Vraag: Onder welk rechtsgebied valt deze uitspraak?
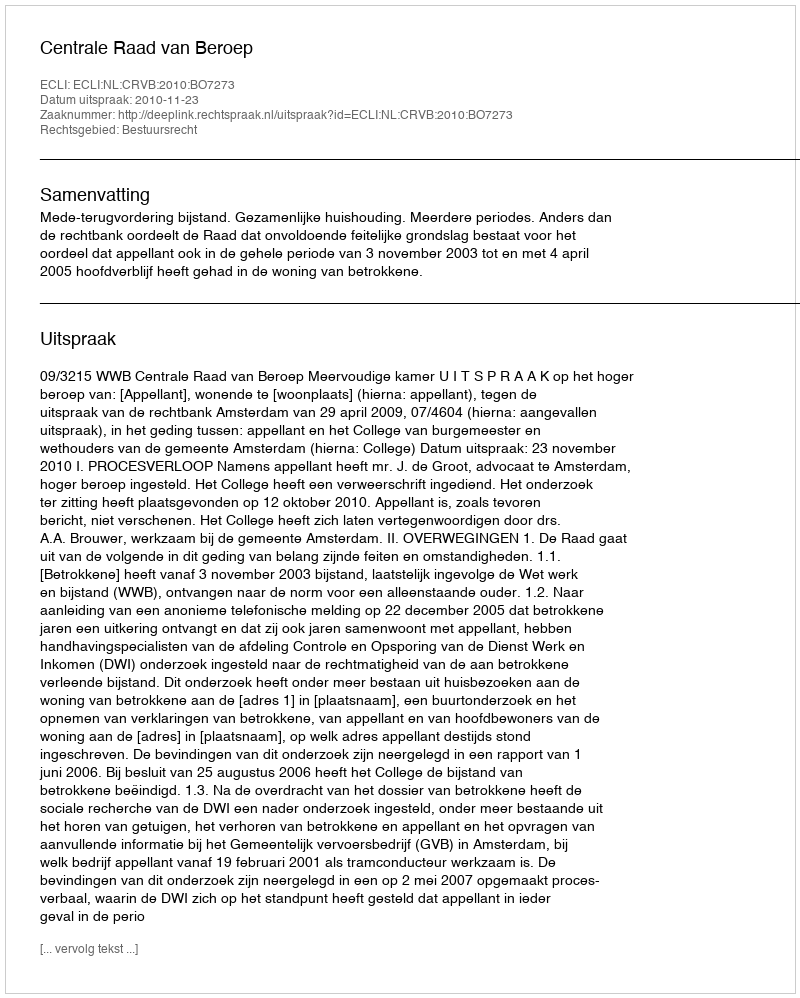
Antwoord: Bestuursrecht